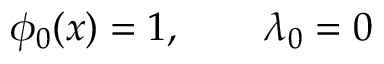
\phi _ { 0 } ( x ) = 1 , \qquad \lambda _ { 0 } = 0